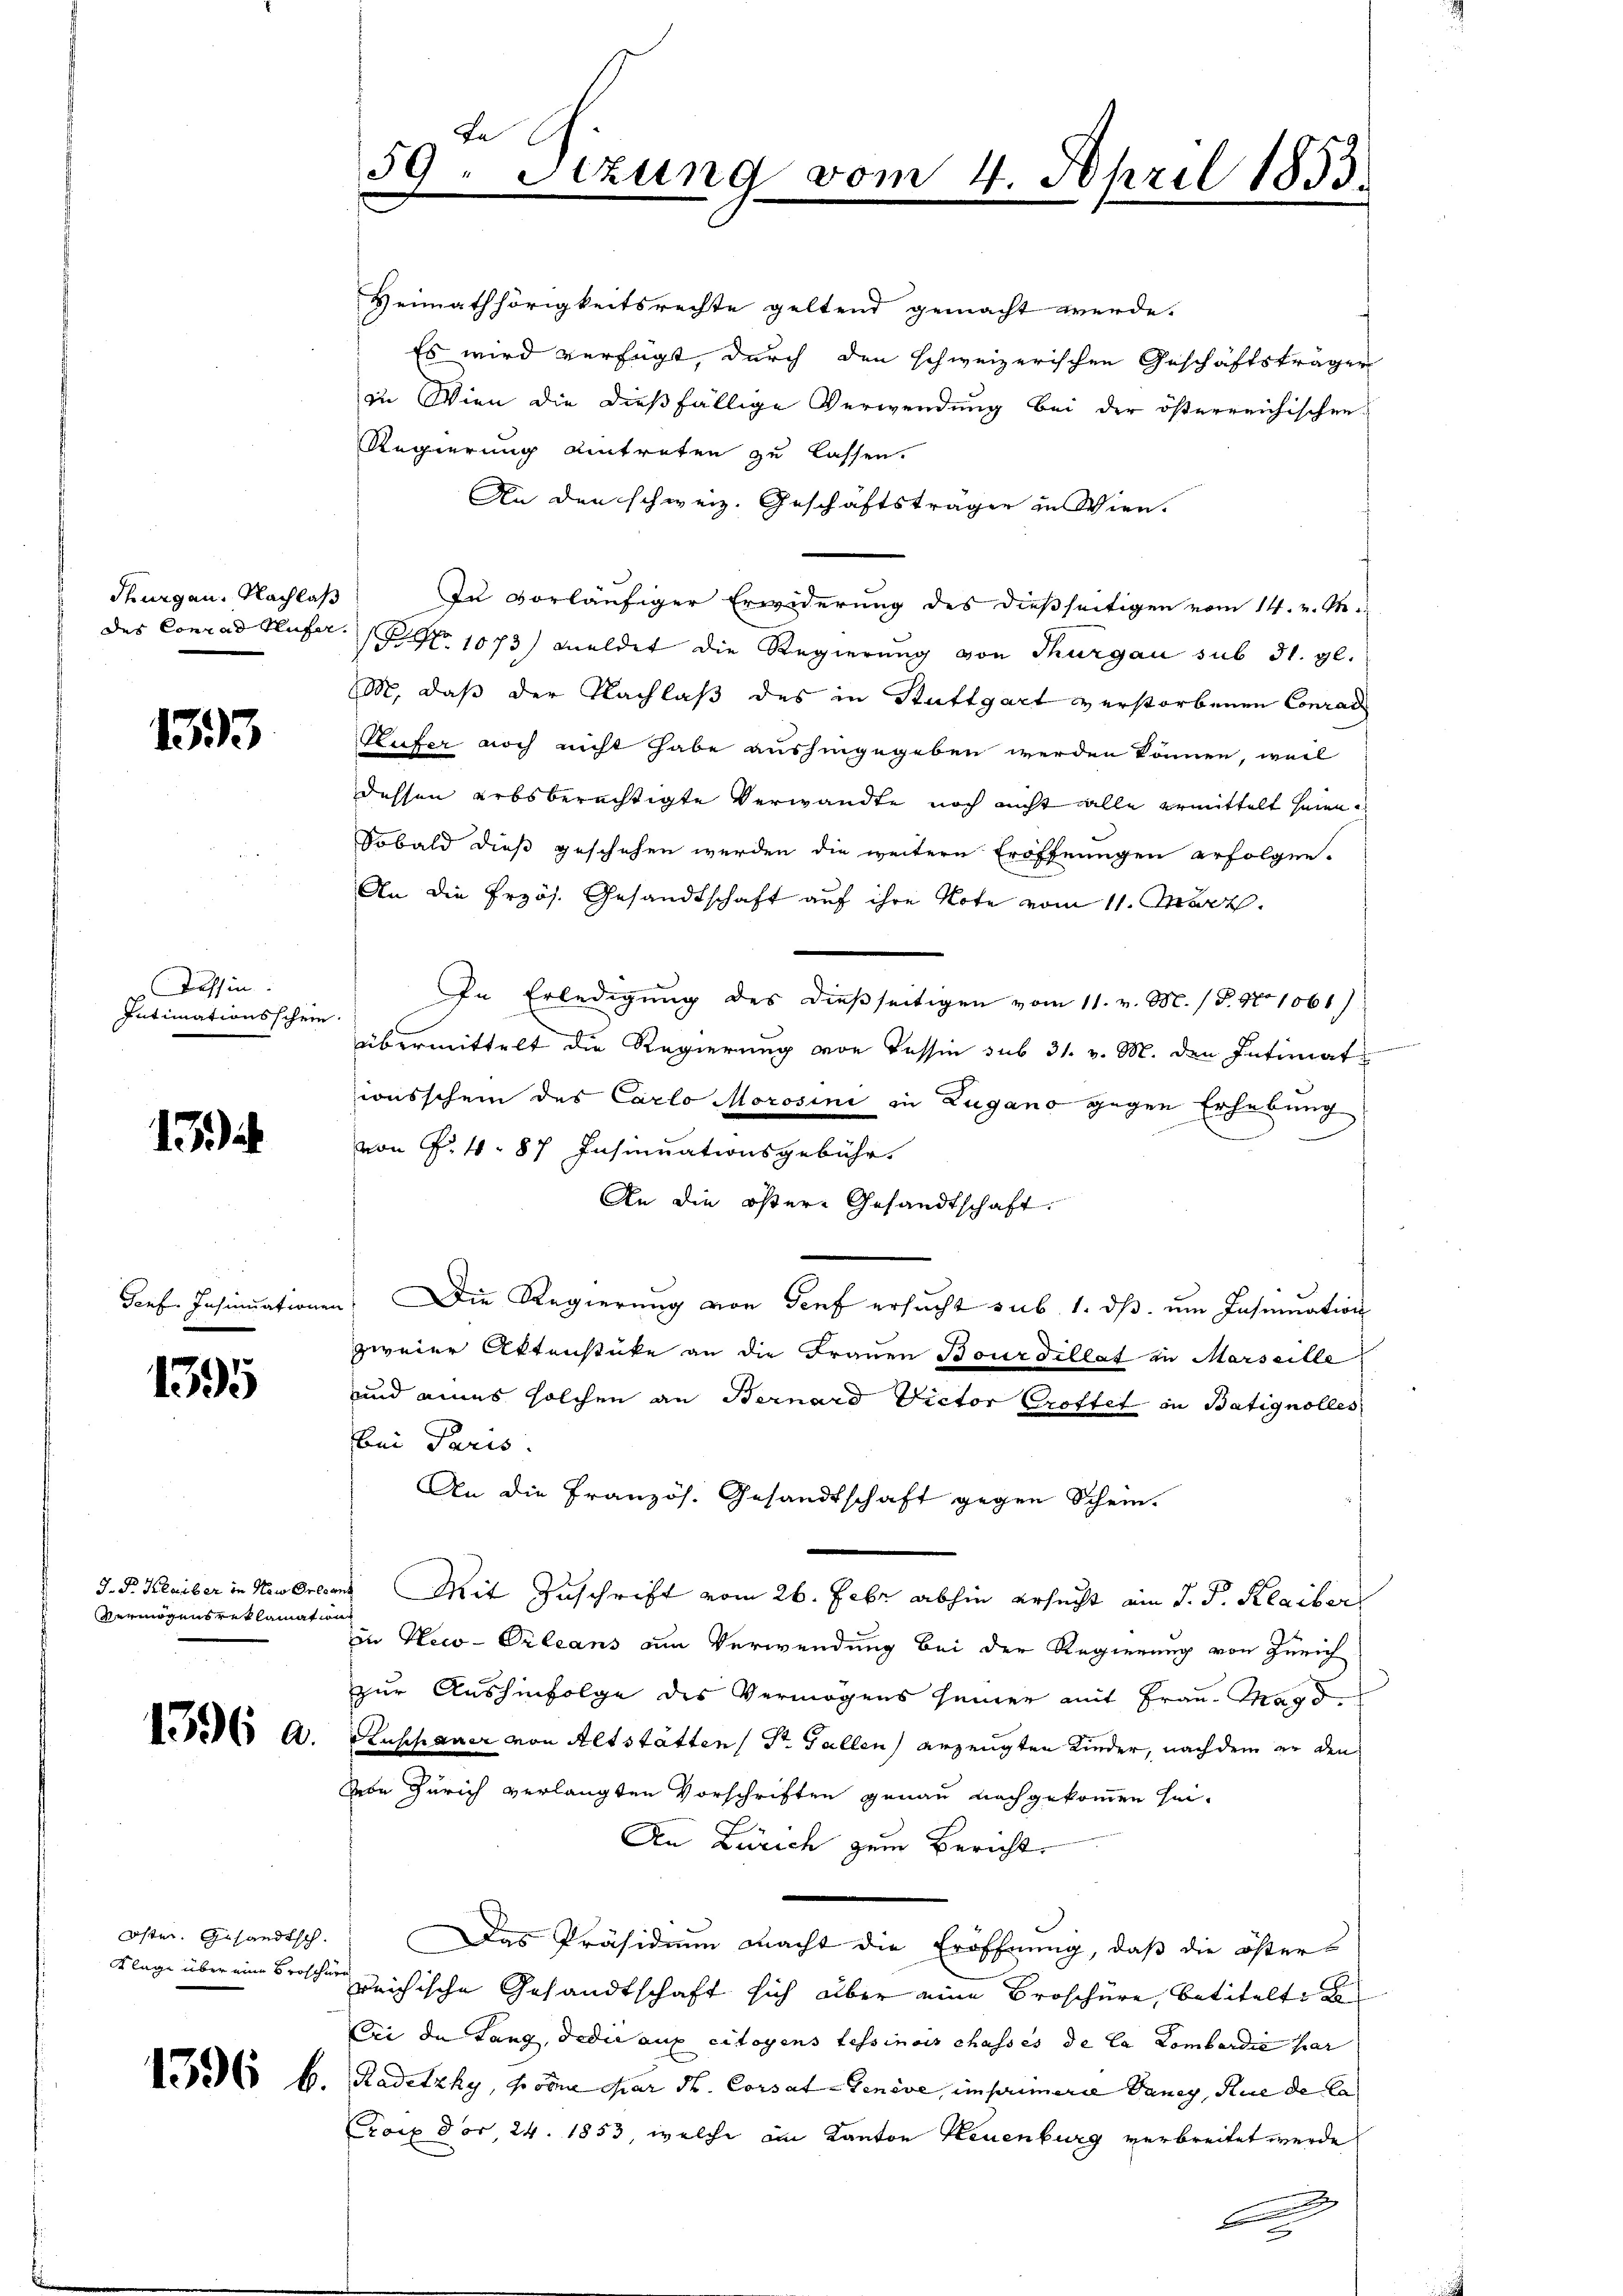
duungen. Nachlaß
des Conrad Hufer.

1393

Tessin
Intimationsschein

15

1395

J. P. Klaiber in New Orleant
Vermögens reklamation

Oster. Gesandtsch.
Klage über eine Brosch

1396 b

Ja
59. Sitzung

Heimathörigkeitsrechte geltend gemacht werde.
Es wird verfügt, durch den schweizerischen Geschäftsträger
zu Wien die dießfällige Verwendung bei der österreichischen
Regierung eintreten zu lassen.
An den schweiz. Geschäftsträger in Wien.
In vorläufiger Erwiderung des dießseitigen vom 14. v. M.
 No 1073) meldet die Regierung von Thurgau sub 31. gl.
M. daß der Nachlaß des in Stuttgart verstorbenen Conrad
Hufer noch nicht habe aushingegeben werden können, weil
dessen erbsberechtigte Verwandte noch nicht alle ermittelt seien.
Sobald dieß geschehen werden die weitere Eröffnungen erfolgen-
An die Erzös. Gesandtschaft auf ihre Note vom 11. März.
In Erledigung des dießseitigen vom 11. v. M. (T. No 1061)
übermittelt die Regierung von Tessin sub 31. v. M. den Intimat
ionsschein des Carlo Morosini in Zugano gegen Erhebung
von P. 4. 87 Insinuationsgebühr.
An die öftere Gesandtschaft.
Genf Insinuationen. Die Regierŭng von Genf ersŭcht sub. 1. dβ ŭm Insinuation
zweier Aktenstücke an die Frauen Bourdillat in Marseille
und eines solchen an Bernard Victor Croftel in Batignolles
bei Paris.
An die Französ. Gesandtschaft gegen Schein-
Mit Zuschrift vom 26. Febr abhin ersucht ain d. P. Klaibors
in Neco-Orleans am Verwendung bei der Regierung von Zürich
zur Aushinfolge des Vermögens seiner mit Frau. Magd.
Code der A. Ruschauer von Altstätten / Dr. Gallen erzeugten Kinder, nachdem er den
Debe Zürich verlangten Vorschriften genau nachgekommen sei¬
An Zürich zum Bericht
Das Präsidium macht die Eröffnung, daß die östers
re
reichische Gesandtschaft sich aber eine Broschüre, betitelt d
Bei de Lang, dedie auf citoyens tessinois chasses de la Lombardie har
1. Radetzky, Froone dar Dr. Corsat-Geneve, imprimere Daney, Rue de la
rorp vor 24. 1853, welche in Kanton Neuenburg verbreitet werde

011

4. April 1853.

b